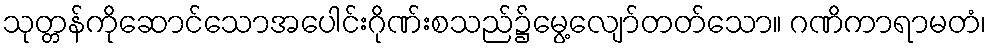
သုတ္တန်ကိုဆောင်သောအပေါင်းဂိုဏ်းစသည်၌မွေ့လျော်တတ်သော။ ဂဏိကာရာမတံ၊